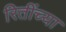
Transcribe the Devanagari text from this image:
रितींच्या